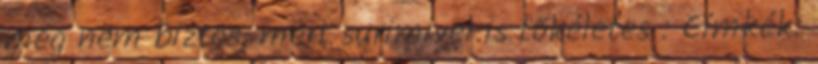
még nem biztos, mert surimivel is tökéletes : Címkék: